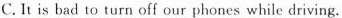
C. It is bad to turn off our phones while driving.